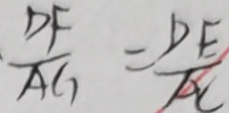
\frac { D F } { A G } = \frac { D E } { A C }